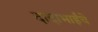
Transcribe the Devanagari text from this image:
दादाभाईंचे